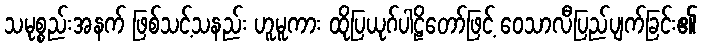
သမုစ္စည်းအနက် ဖြစ်သင့်သနည်း ဟူမူကား ထိုပြယုဂ်ပါဠိတော်ဖြင့် ဝေသာလီပြည်ပျက်ခြင်း၏